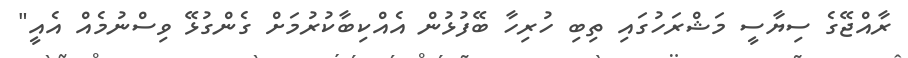
ރާއްޖޭގެ ސިޔާސީ މަޝްރަހުގައި ތިބި ހުރިހާ ބޭފުޅުން އެއްކިބާކުރުމަށް ގެންގުޅޭ ވިސްނުމެއް އެއީ"